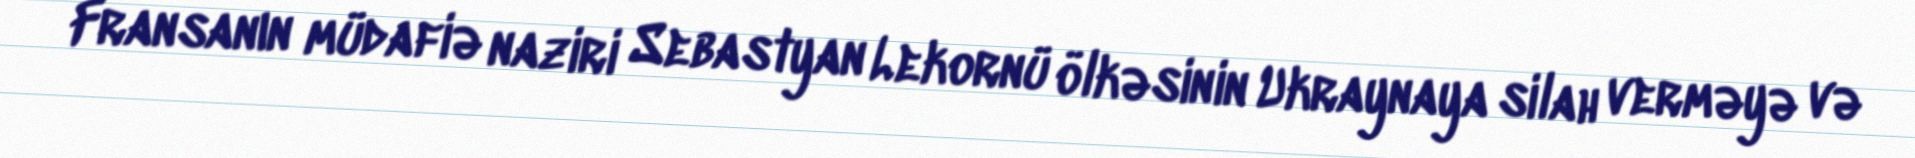
Fransanın müdafiə naziri Sebastyan Lekornü ölkəsinin Ukraynaya silah verməyə və